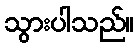
သွားပါသည်။